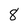
Character: 8